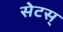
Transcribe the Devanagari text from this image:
सेटस्